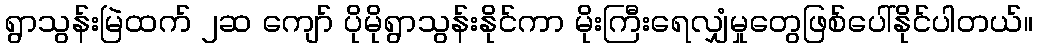
ရွာသွန်းမြဲထက် ၂ဆ ကျော် ပိုမိုရွာသွန်းနိုင်ကာ မိုးကြီးရေလျှံမှုတွေဖြစ်ပေါ်နိုင်ပါတယ်။